Plague in India, 1896, 1897 - Volume 1
Year: 1896
Disease focus: Plague
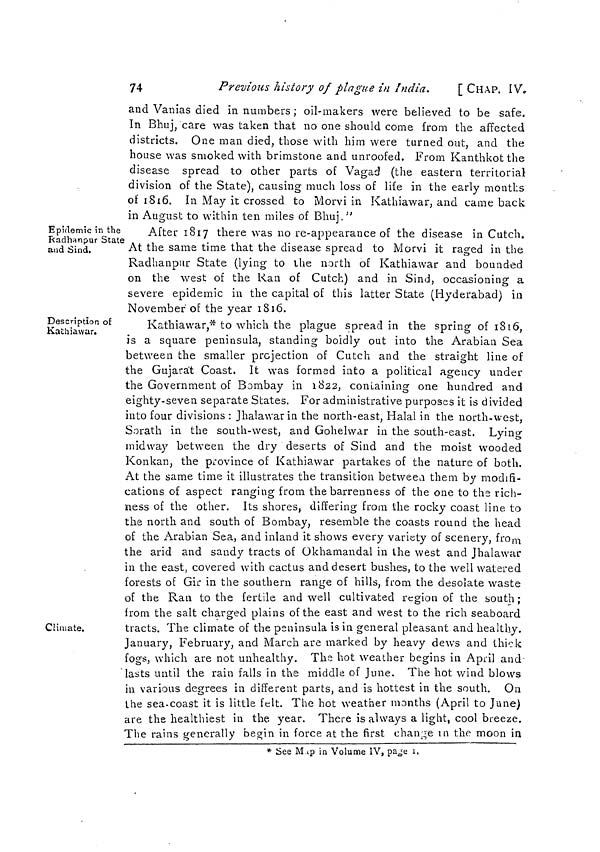
74
Previous history of plague in India.
[CHAP. IV.
and Vanias died in numbers ; oil-makers were believed to be safe,
In Bhuj, care was taken that no one should come from the affected
districts. One man died, those with him were turned out, and the
house was smoked with brimstone and unroofed. From Kanthkot the
disease spread to other parts of Vagad (the eastern territorial
division of the State), causing much loss of life in the early months
of 1816. In May it crossed to Morvi in Kathiawar, and came back
in August to within ten miles of Bhuj."
Epidemic in the
Radhanpur State
and Sind.
After 1817 there was no re-appearance of the disease in Cutch.
At the same time that the disease spread to Morvi it raged in the
Radhanpur State (lying to the north of Kathiawar and bounded
on the west of the Ran of Cutch) and in Sind, occasioning a
severe epidemic in the capital of this latter State (Hyderabad) in
November of the year 1816.
Description of
Kathiawar.
Climate.
Kathiawar,* to which the plague spread in the spring of 1816,
is a square peninsula, standing boldly out into the Arabian Sea
between the smaller projection of Cutch and the straight line of
the Gujarat Coast. It was formed into a political agency under
the Government of Bombay in 1822, containing one hundred and
eighty-seven separate States. For administrative purposes it is divided
into four divisions : Jhalawar in the north-east, Halal in the north-west,
Sorath in the south-west, and Gohelvvar in the south-east. Lying
midway between the dry deserts of Sind and the moist wooded
Konkan, the province of Kathiawar partakes of the nature of both.
At the same time it illustrates the transition between them by modifi-
cations of aspect ranging from the barrenness of the one to the rich-
ness of the other. Its shores, differing from the rocky coast line to
the north and south of Bombay, resemble the coasts round the head
of the Arabian Sea, and inland it shows every variety of scenery, from
the arid and sandy tracts of Okhamandal in the west and Jhalawar
in the east, covered with cactus and desert bushes, to the well watered
forests of Gir in the southern range of hills, from the desolate waste
of the Ran to the fertile and well cultivated region of the south ;
from the salt charged plains of the east and west to the rich seaboard
tracts. The climate of the peninsula is in general pleasant and healthy.
January, February, and March are marked by heavy dews and thick
fogs, which are not unhealthy. The hot weather begins in April and
lasts until the rain falls in the middle of June. The hot wind blows
in various degrees in different parts, and is hottest in the south. On
the sea-coast it is little felt. The hot weather months (April to June)
are the healthiest in the year. There is always a light, cool breeze.
The rains generally begin in force at the first change in the moon in
* See M p in Volume IV, page 1.